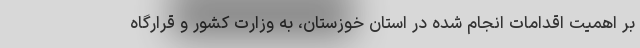
بر اهمیت اقدامات انجام شده در استان خوزستان، به وزارت کشور و قرارگاه